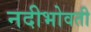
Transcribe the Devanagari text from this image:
नदीभोवती